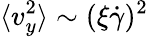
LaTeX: \langle v_{y}^{2}\rangle\sim(\xi\dot{\gamma})^{2}